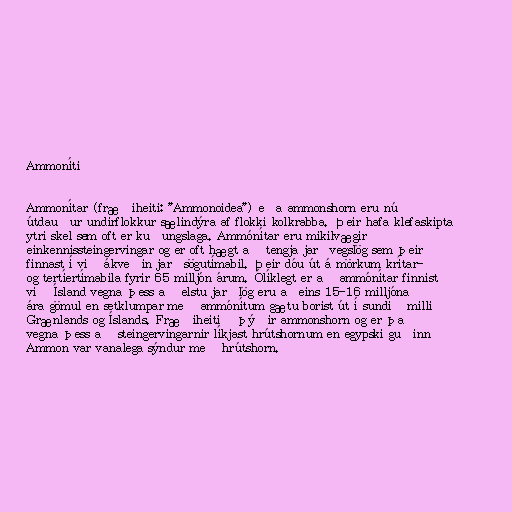
Ammoníti

Ammonítar (fræðiheiti: "Ammonoidea") eða ammonshorn eru nú
útdauður undirflokkur sælindýra af flokki kolkrabba. Þeir hafa klefaskipta
ytri skel sem oft er kuðungslaga. Ammónítar eru mikilvægir
einkennissteingervingar og er oft hægt að tengja jarðvegslög sem þeir
finnast í við ákveðin jarðsögutímabil. Þeir dóu út á mörkum krítar-
og tertíertímabila fyrir 65 milljón árum. Ólíklegt er að ammónítar finnist
við Ísland vegna þess að elstu jarðlög eru aðeins 15-16 milljóna
ára gömul en setklumpar með ammónítum gætu borist út í sundið milli
Grænlands og Íslands. Fræðiheitið þýðir ammonshorn og er það
vegna þess að steingervingarnir líkjast hrútshornum en egypski guðinn
Ammon var vanalega sýndur með hrútshorn.